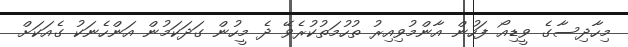
މިހާދިސާގެ ވީޑިއޯ ފަހުން އާންމުވިއިރު ތުހުމަތުކުރެވޭ ދެ މީހުން ގަދަކަމުން އަންހެނަކު ގެއަކަށް